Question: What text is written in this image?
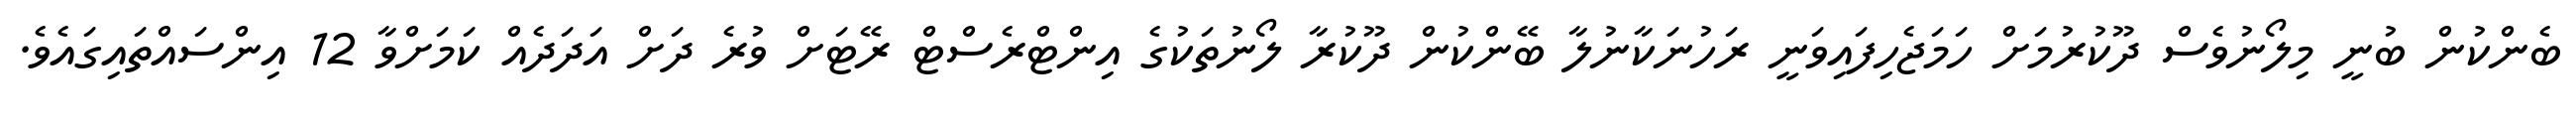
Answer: ބެންކުން ބުނީ މިލޯނުވެސް ދޫކުރުމަށް ހަމަޖެހިފައިވަނީ ރަހުނަކާނުލާ ބޭންކުން ދޫކުރާ ލޯނުތަކުގެ އިންޓްރެސްޓް ރޭޓަށް ވުރެ ދަށް އަދަދެއް ކަމަށްވާ 12 އިންސައްތައިގައެވެ.